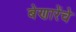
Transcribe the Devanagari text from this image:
बेणारेंचे